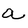
Character: a